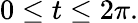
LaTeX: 0\leq t\leq 2\pi.